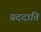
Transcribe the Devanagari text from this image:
प्रददाति